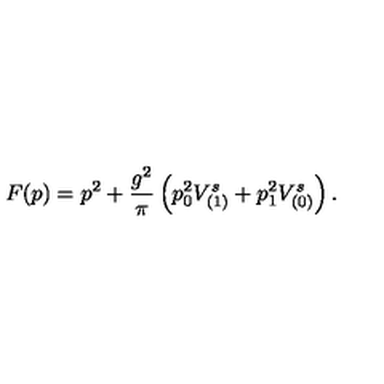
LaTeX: F ( p ) = p ^ { 2 } + \frac { g ^ { 2 } } { \pi } \left( p _ { 0 } ^ { 2 } V _ { ( 1 ) } ^ { s } + p _ { 1 } ^ { 2 } V _ { ( 0 ) } ^ { s } \right) .